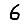
Digit: 6